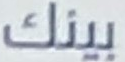
بينك